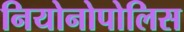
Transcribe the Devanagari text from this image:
नियोनोपोलिस